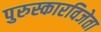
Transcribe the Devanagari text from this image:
पुरुस्कारविजेता